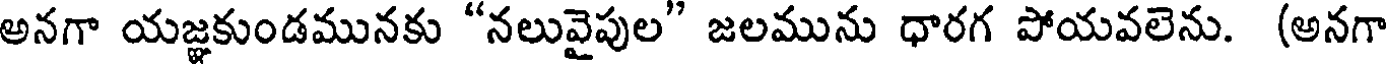
అనగా యజ్ఞకుండమునకు "నలువైపుల" జలమును ధారగ పోయవలెను. (అనగా